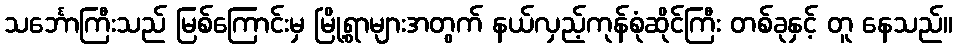
သင်္ဘောကြီးသည် မြစ်ကြောင်းမှ မြို့ရွာများအတွက် နယ်လှည့်ကုန်စုံဆိုင်ကြီး တစ်ခုနှင့် တူ နေသည်။